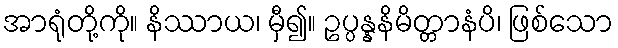
အာရုံတို့ကို။ နိဿာယ၊ မှီ၍။ ဥပ္ပန္နနိမိတ္တာနံပိ၊ ဖြစ်သော